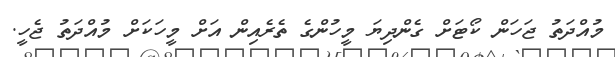
މުއްދަތު ޖަހަން ކޯޓަށް ގެންދިޔަ މީހުންގެ ތެރެއިން އަށް މީހަކަށް މުއްދަތު ޖެހީ.